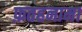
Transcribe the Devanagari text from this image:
फ़तहनामा